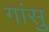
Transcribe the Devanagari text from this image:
गांसु